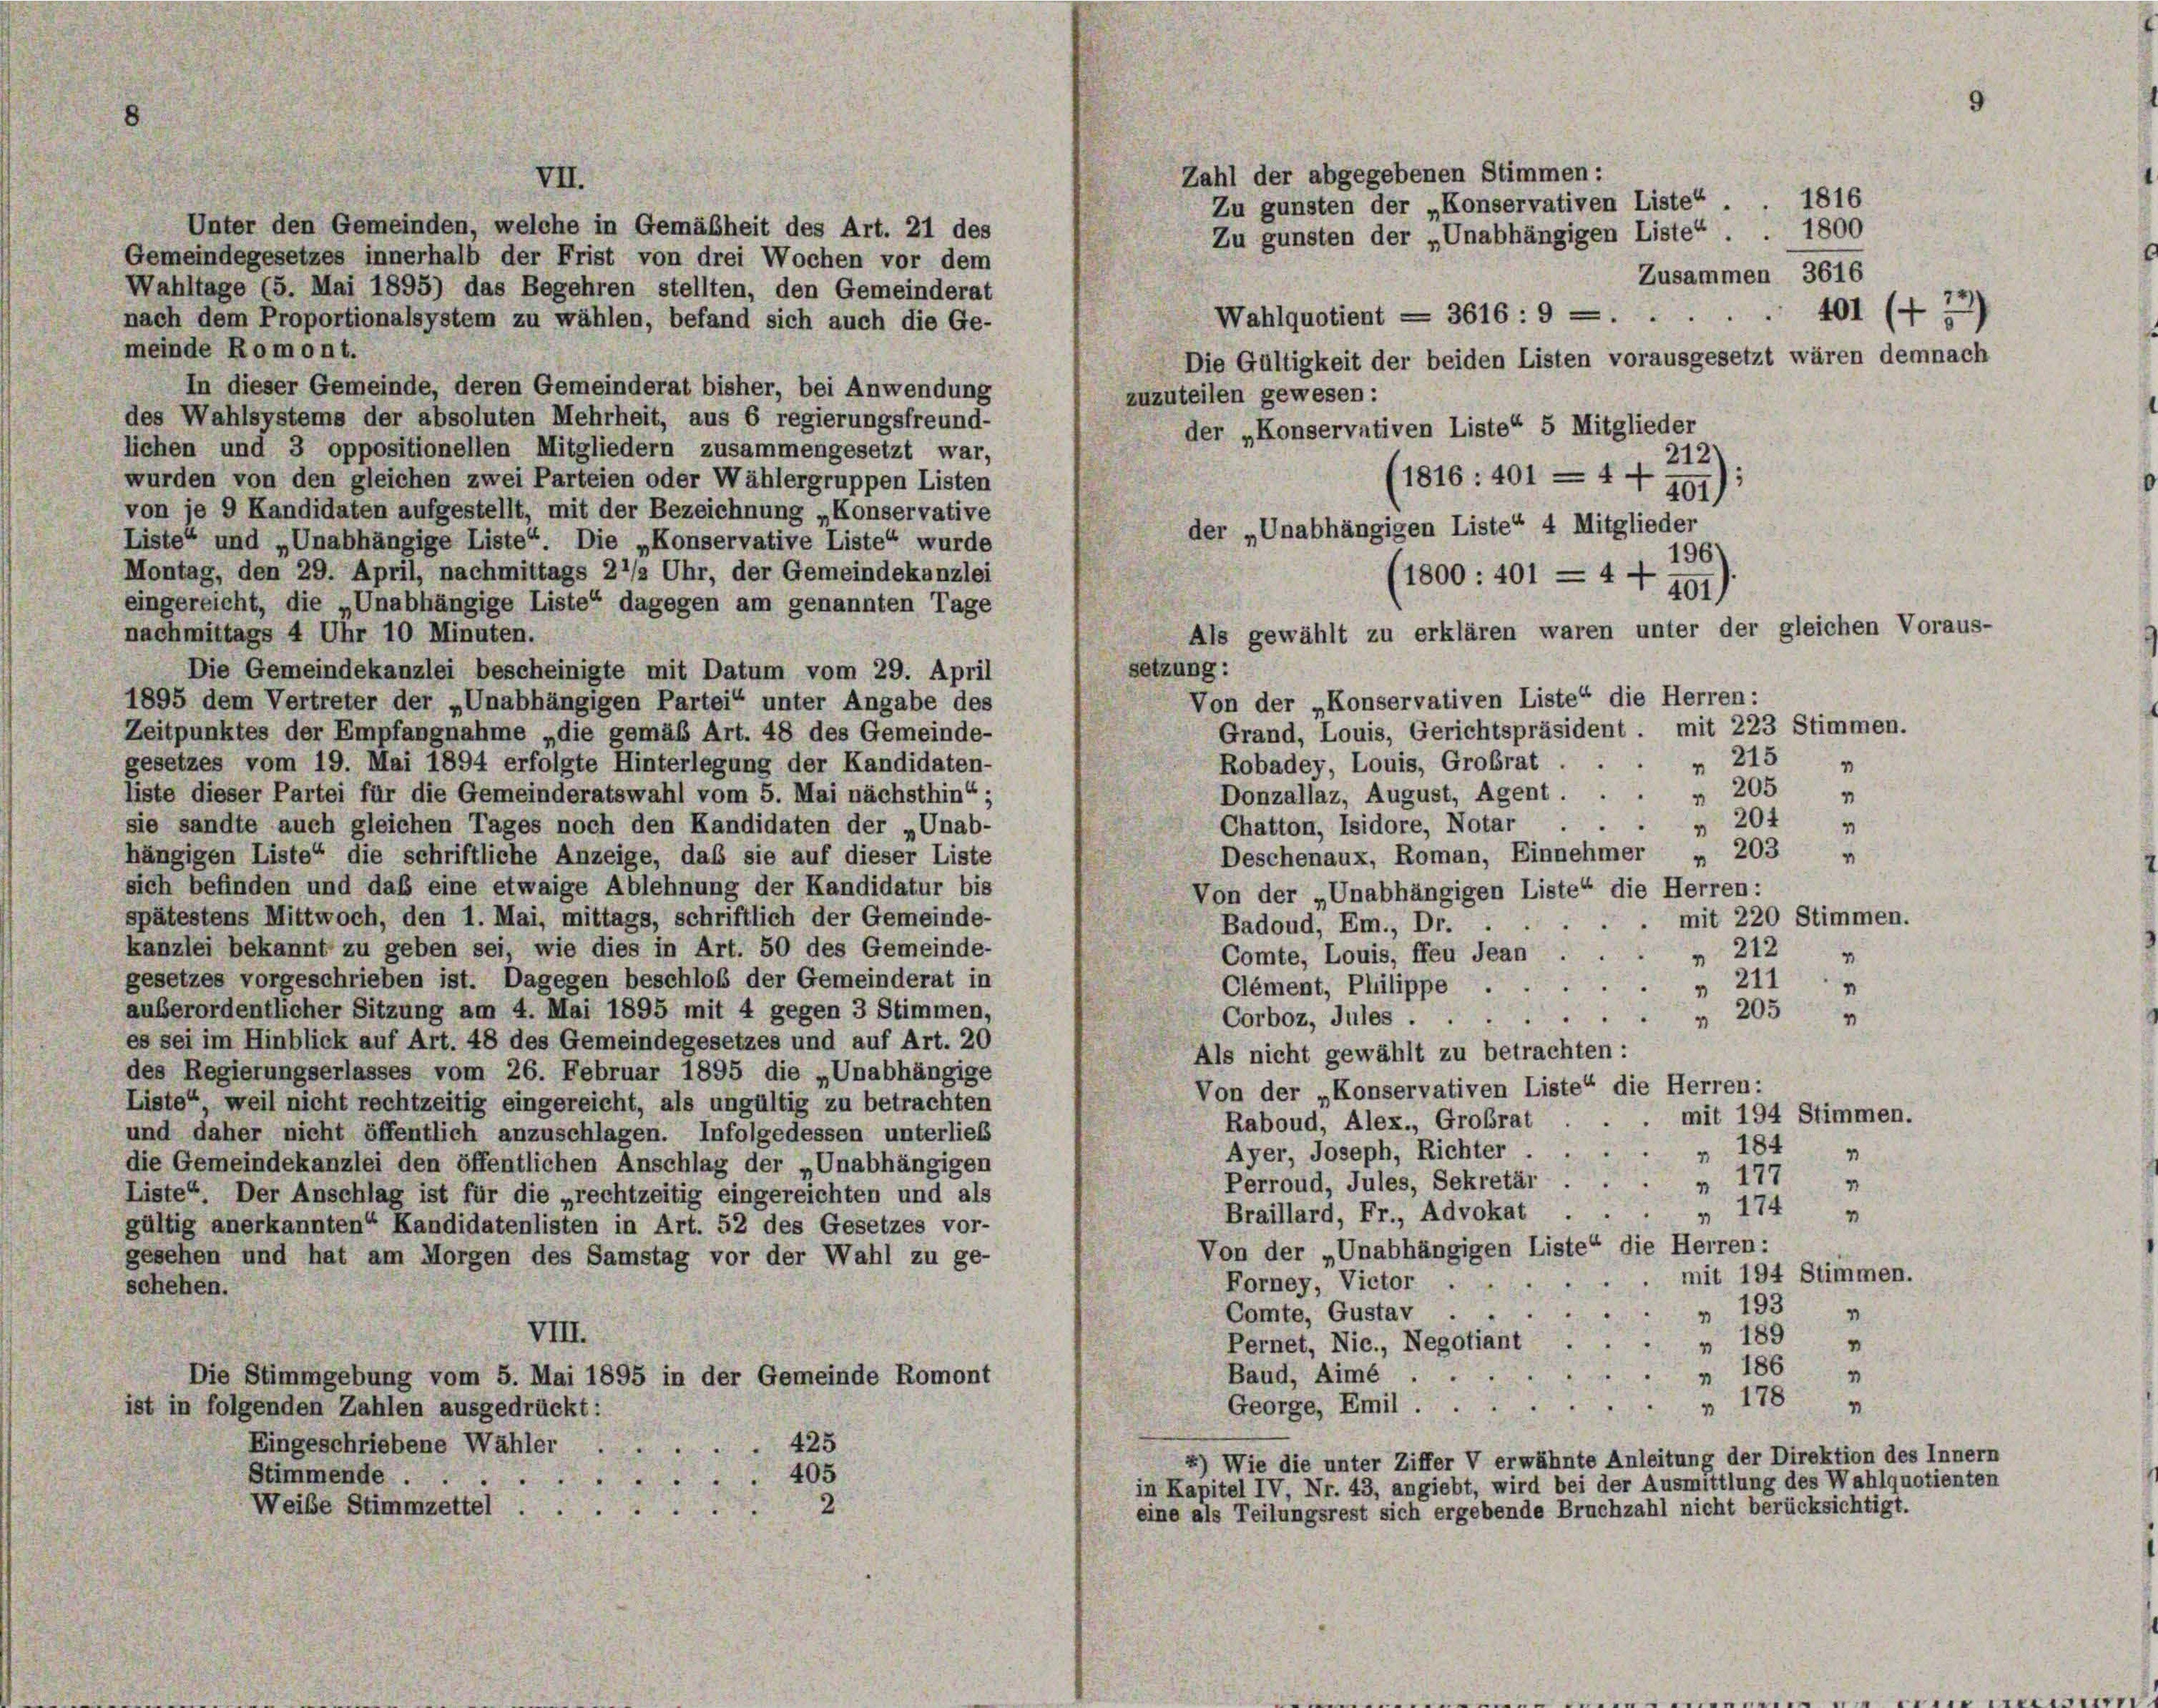
Zahl der abgegebenen Stimmen:
VII.
Zu gunsten der „Konservativen Liste“
Unter den Gemeinden, welche in Gemäßheit des Art. 21 des
Zu gunsten der „Unabhängigen Liste“.
Gemeindegesetzes innerhalb der Frist von drei Wochen vor dem
Wahltage (5. Mai 1895) das Begehren stellten, den Gemeinderat
Wahlquotient = 3616: 9 — .
nach dem Proportionalsystem zu wählen, befand sich auch die Ge-
meinde Romont.
Die Gültigkeit der beiden Listen vorausgesetzt wären demnach
In dieser Gemeinde, deren Gemeinderat bisher, bei Anwendung
zuzuteilen gewesen:
des Wahlsystems der absoluten Mehrheit, aus 6 regierungsfreund-
der „Konservativen Liste“ 5 Mitglieder
lichen und 3 oppositionellen Mitgliedern zusammengesetzt war,
212
wurden von den gleichen zwei Parteien oder Wählergruppen Listen
(1816: 401 = 4 f 491)
von je 9 Kandidaten aufgestellt, mit der Bezeichnung „Konservative
der „Unabhängigen Liste“ 4 Mitglieder
Liste“ und „Unabhängige Liste“. Die „Konservative Liste“ wurde
196)
Montag, den 29. April, nachmittags 21/2 Uhr, der Gemeindekanzlei
1800: 401 = 4 + 197).
eingereicht, die „Unabhängige Liste“ dagegen am genannten Tage
Als gewählt zu erklären waren unter der gleichen Voraus-
nachmittags 4 Uhr 10 Minuten.
setzung:
Die Gemeindekanzlei bescheinigte mit Datum vom 29. April
Von der „Konservativen Liste“ die Herren:
1895 dem Vertreter der „Unabhängigen Partei“ unter Angabe des
Grand, Louis, Gerichtspräsident, mit 223 Stimmen.
Zeitpunktes der Empfangnahme „die gemäß Art. 48 des Gemeinde-
" 215
gesetzes vom 19. Mai 1894 erfolgte Hinterlegung der Kandidaten-
Robadey, Louis, Großrat .
4

" 205
liste dieser Partei für die Gemeinderatswahl vom 5. Mai nächsthin“;
Donzallaz, August, Agent . .
4
 204
Chatton, Isidore, Notar ...
sie sandte auch gleichen Tages noch den Kandidaten der „Unab-
Deschenaux, Roman, Einnehmer „ 203
“
hängigen Liste“ die schriftliche Anzeige, daß sie auf dieser Liste
sich befinden und daß eine etwaige Ablehnung der Kandidatur bis
Von der „Unabhängigen Liste“ die Herren:
spätestens Mittwoch, den 1. Mai, mittags, schriftlich der Gemeinde-
mit 220 Stimmen.
Badoud, Em., Dr.
kanzlei bekannt zu geben sei, wie dies in Art. 50 des Gemeinde-
 212
Comte, Louis, ffeu Jean
gesetzes vorgeschrieben ist. Dagegen beschloß der Gemeinderat in
 211
Clément, Philippe .
auberordentlicher Sitzung am 4. Mai 1895 mit 4 gegen 3 Stimmen,
 205
.
Corboz, Jules .
es sei im Hinblick auf Art. 48 des Gemeindegesetzes und auf Art. 20
Als nicht gewählt zu betrachten:
des Regierungserlasses vom 26. Februar 1895 die „Unabhängige
Von der „Konservativen Liste“ die Herren:
Liste“, weil nicht rechtzeitig eingereicht, als ungültig zu betrachten
mit 194 Stimmen.
Raboud, Alex., Großrat
und daher nicht öffentlich anzuschlagen. Infolgedessen unterließ
184
Ayer, Joseph, Richter
4
1
die Gemeindekanzlei den öffentlichen Anschlag der „Unabhängigen
177
Perroud, Jules, Sekretär
4
4
Liste“. Der Anschlag ist für die „rechtzeitig eingereichten und als
" 174
Braillard, Fr., Advokat
7
gültig anerkannten“ Kandidatenlisten in Art. 52 des Gesetzes vor-
Von der „Unabhängigen Liste“ die Herren:
gesehen und hat am Morgen des Samstag vor der Wahl zu ge-
mit 194 Stimmen.
Forney, Victor
schehen.
" 193
Comte, Gustav
4
VIII.
189
“
Pernet, Nic., Negotiant
4
" 186
Baud, Aimé .
4
Die Stimmgebung vom 5. Mai 1895 in der Gemeinde Romont
178
4
1
George, Emil
ist in folgenden Zahlen ausgedrückt:
425
Eingeschriebene Wähler .
*) Wie die unter Ziffer V erwähnte Anleitung der Direktion des Innern
Stimmende . .
405
in Kapitel IV, Nr. 43, angiebt, wird bei der Ausmittlung des Wahlquotienten
Weibe Stimmzettel
2
eine als Teilungsrest sich ergebende Bruchzahl nicht berücksichtigt.

1816
1800
Zusammen 3616
401 (+ 32)